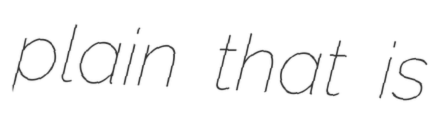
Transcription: plain that is